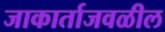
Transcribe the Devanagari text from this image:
जाकार्ताजवळील